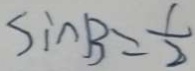
\sin B = \frac { 1 } { 2 }